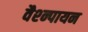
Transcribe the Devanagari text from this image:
वैश्न्पायन